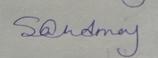
Signature authenticity: genuine